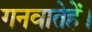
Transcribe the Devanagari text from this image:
गनवातेहें।